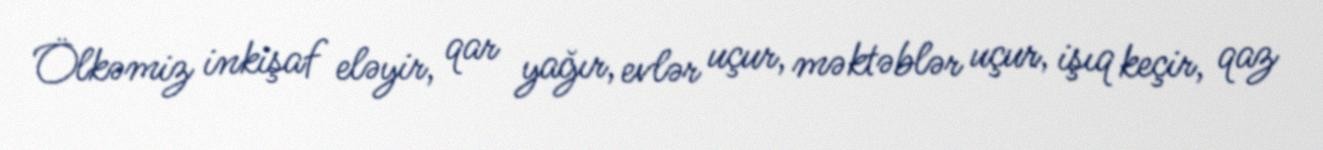
Ölkəmiz inkişaf eləyir, qar yağır, evlər uçur, məktəblər uçur, işıq keçir, qaz